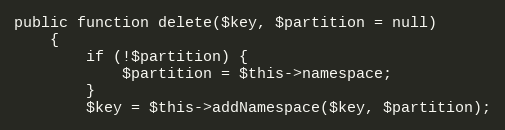
Language: PHP
public function delete($key, $partition = null)
    {
        if (!$partition) {
            $partition = $this->namespace;
        }
        $key = $this->addNamespace($key, $partition);